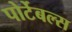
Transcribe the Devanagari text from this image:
पोर्टेबल्स